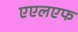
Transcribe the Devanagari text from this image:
एएलएफ